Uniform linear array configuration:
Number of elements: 8
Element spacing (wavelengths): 0.5
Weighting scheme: blackman
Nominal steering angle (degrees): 0
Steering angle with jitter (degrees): -1.293
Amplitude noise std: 0.05
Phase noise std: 0.05

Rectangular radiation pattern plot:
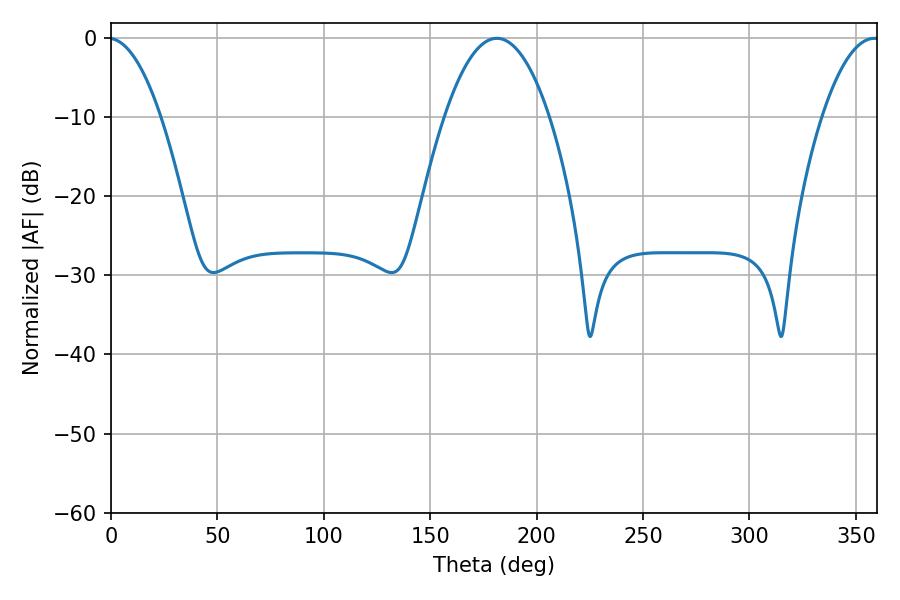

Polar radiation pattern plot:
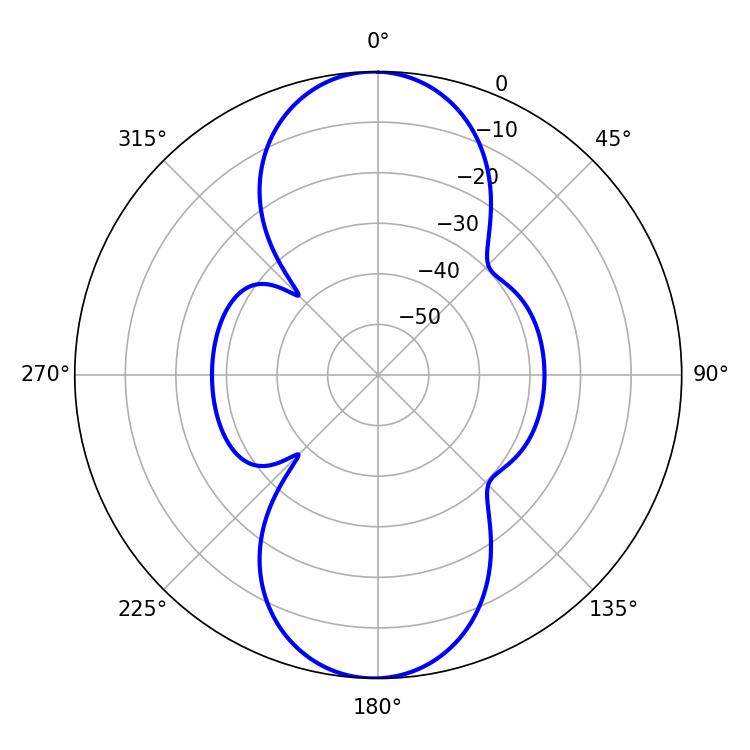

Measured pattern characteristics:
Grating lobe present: FALSE
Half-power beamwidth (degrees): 27.18
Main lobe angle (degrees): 181.26